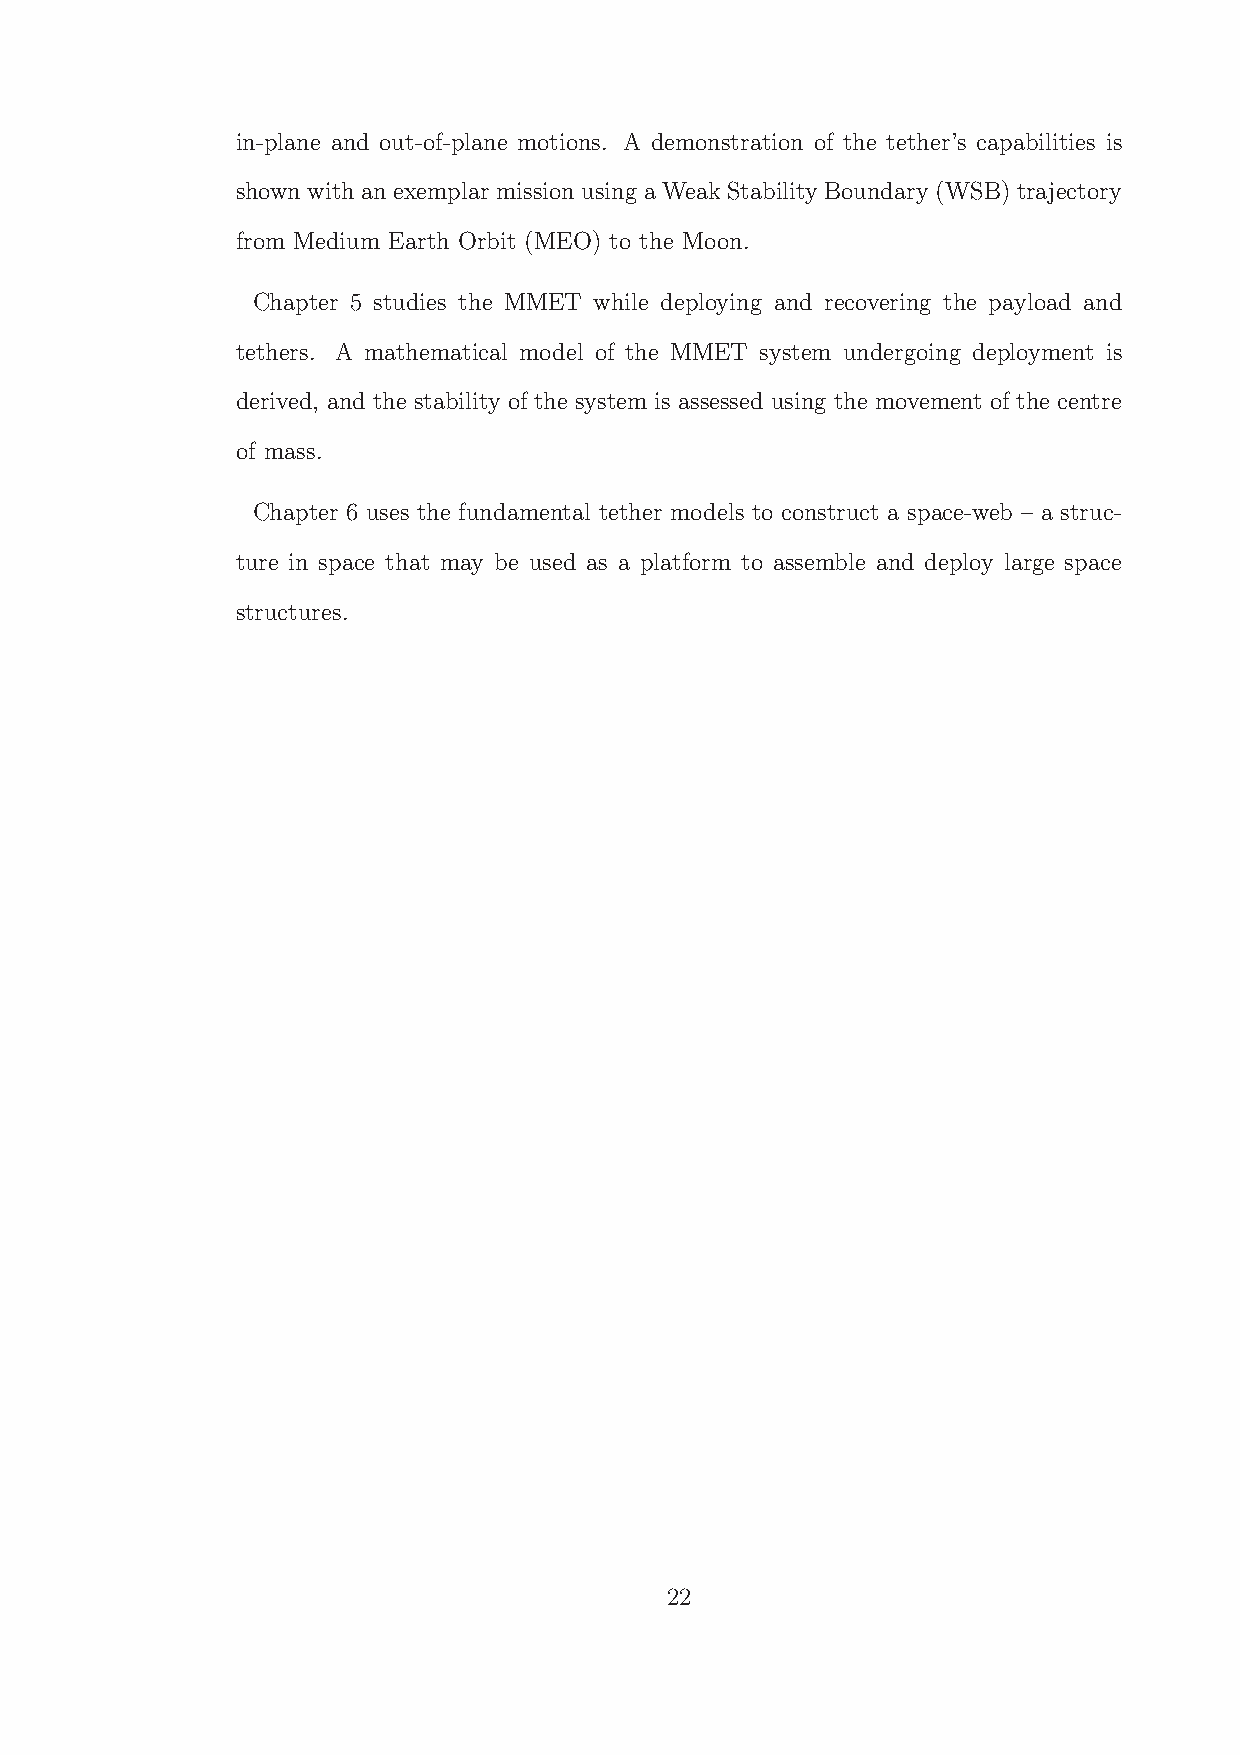
in-plane and out-of-plane motions. A demonstration of the tether’s capabilities is
 shown with anexemplar mission using aWeak Stability Boundary(WSB) trajectory
 from Medium Earth Orbit (MEO) to the Moon.
 Chapter 5 studies the MMET while deploying and recovering the payload and
 tethers. A mathematical model of the MMET system undergoing deployment is
 derived, and the stability of the system is assessed using the movement of the centre
 of mass.
 Chapter 6 uses the fundamental tether models to construct a space-web – a struc-
 ture in space that may be used as a platform to assemble and deploy large space
 structures.
 22